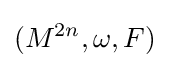
(M^{2n},\omega ,F)